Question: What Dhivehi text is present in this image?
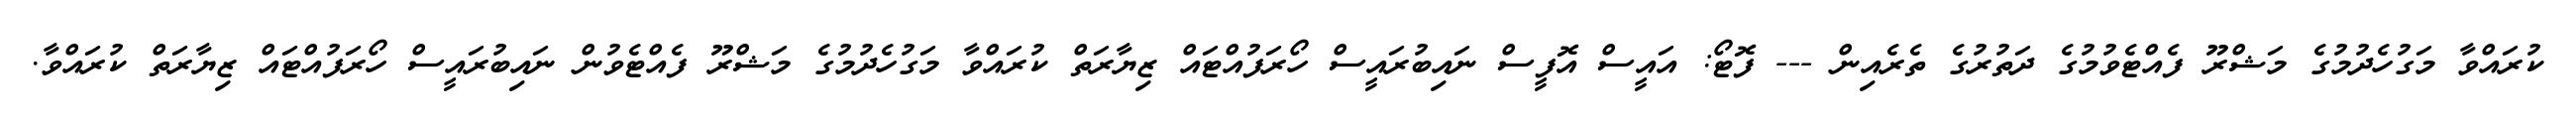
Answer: ކުރައްވާ މަގުހެދުމުގެ މަޝްރޫ ފެއްޓެވުމުގެ ދަތުރުގެ ތެރެއިން --- ފޮޓޯ: އައީސް އޮފީސް ނައިބުރައީސް ހޯރަފުއްޓައް ޒިޔާރަތް ކުރައްވާ މަގުހެދުމުގެ މަޝްރޫ ފެއްޓެވުން ނައިބުރައީސް ހޯރަފުއްޓައް ޒިޔާރަތް ކުރައްވާ.